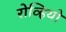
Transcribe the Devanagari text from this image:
रोव्हियो